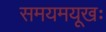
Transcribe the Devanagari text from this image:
समयमयूखः